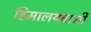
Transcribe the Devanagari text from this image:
हिमालयवासी